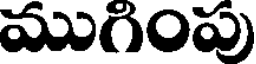
ముగింపు